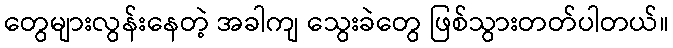
တွေများလွန်းနေတဲ့ အခါကျ သွေးခဲတွေ ဖြစ်သွားတတ်ပါတယ်။